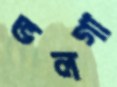
ভলগা